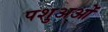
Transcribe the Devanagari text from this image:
पशुअओं